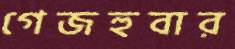
গেজহুবার